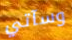
وسآتي